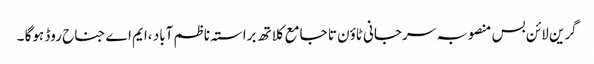
گرین لائن بس منصوبہ سرجانی ٹاوٴن تا جامع کلاتھ براستہ ناظم آباد ،ایم اے جناح روڈ ہوگا ۔